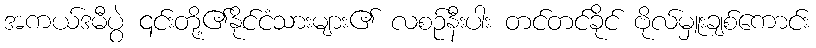
အကယ်ဒမီပွဲ ၎င်းတို့၏နိုင်ငံသားများ၏ လစဉ်နီးပါး တင်တင်ခိုင် ဗိုလ်မှူးချစ်ကောင်း